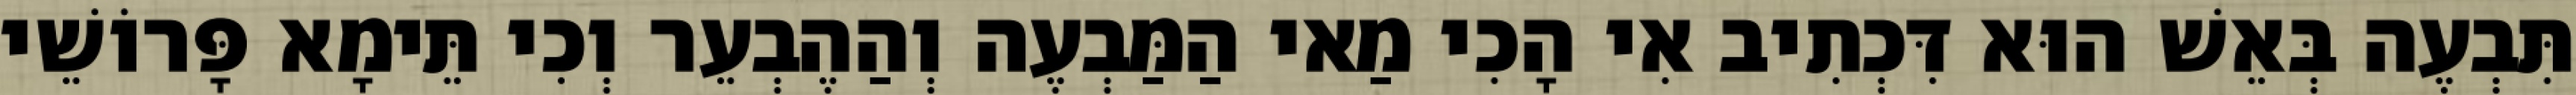
תִּבְעֶה בְּאֵשׁ הוּא דִּכְתִיב אִי הָכִי מַאי הַמַּבְעֶה וְהַהֶבְעֵר וְכִי תֵּימָא פָּרוֹשֵׁי